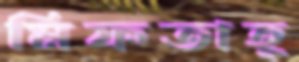
মিফতাহ্